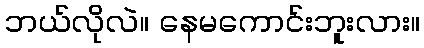
ဘယ်လိုလဲ။ နေမကောင်းဘူးလား။